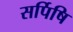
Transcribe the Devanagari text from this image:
सर्पिषि